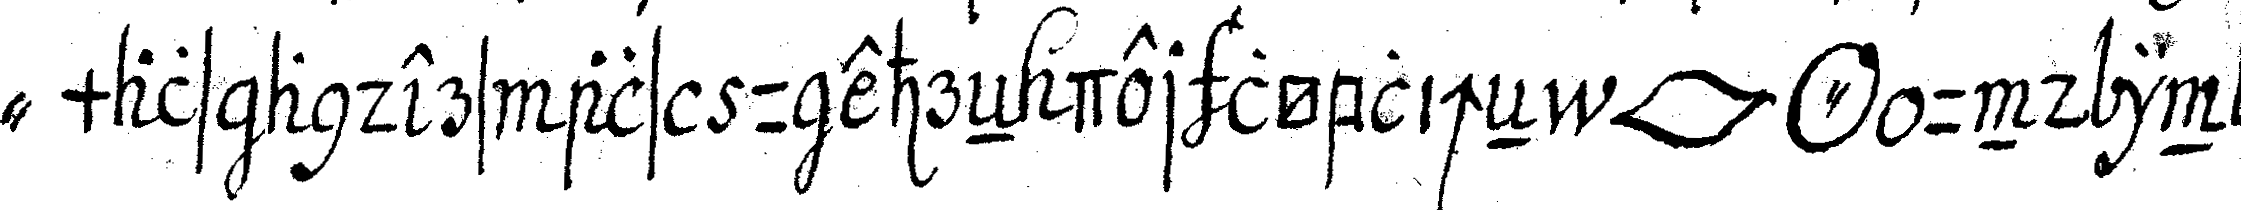
" mals anders als zu ehreN der löblicheN *lip* *o* und in